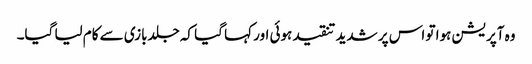
وہ آپریشن ہوا تو اس پر شدید تنقید ہوئی اور کہا گیا کہ جلدبازی سے کام لیا گیا۔